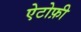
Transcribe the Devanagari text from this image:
ऐटोफ़ी